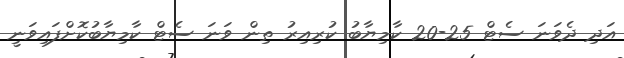
އަދި ދެވަނަ ސެޓް 25-20 ކާމިޔާބު ކުރިއިރު ތިން ވަނަ ސެޓް ކާމިޔާބުކޮށްފައިވަނީ